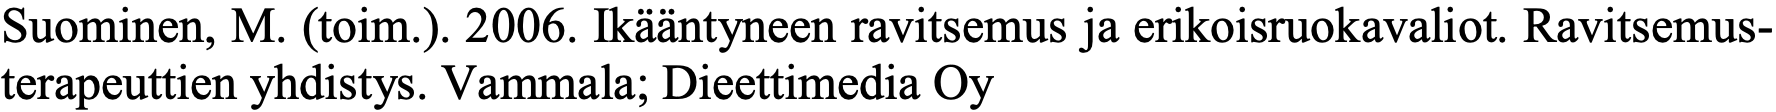
Suominen, M. (toim.). 2006. Ikääntyneen ravitsemus ja erikoisruokavaliot. Ravitsemus- terapeuttien yhdistys. Vammala; Dieettimedia Oy